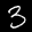
Label: 3